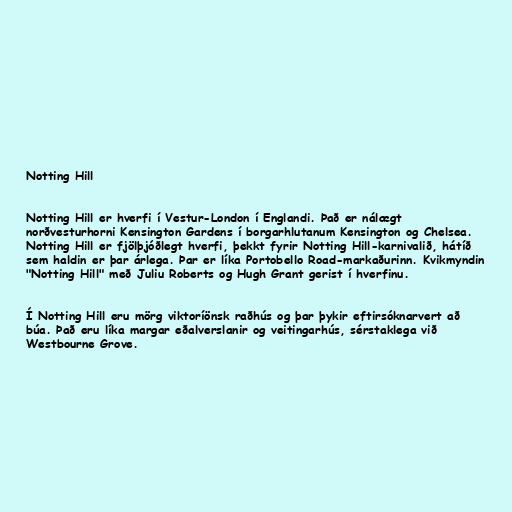
Notting Hill

Notting Hill er hverfi í Vestur-London í Englandi. Það er nálægt
norðvesturhorni Kensington Gardens í borgarhlutanum Kensington og Chelsea.
Notting Hill er fjölþjóðlegt hverfi, þekkt fyrir Notting Hill-karnivalið, hátíð
sem haldin er þar árlega. Þar er líka Portobello Road-markaðurinn. Kvikmyndin
"Notting Hill" með Juliu Roberts og Hugh Grant gerist í hverfinu.

Í Notting Hill eru mörg viktoríönsk raðhús og þar þykir eftirsóknarvert að
búa. Það eru líka margar eðalverslanir og veitingarhús, sérstaklega við
Westbourne Grove.